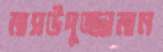
মাসউদুজ্জামান